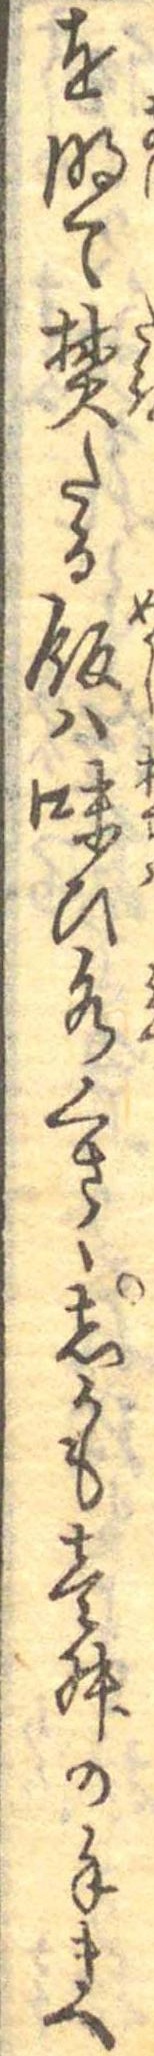
を明て焚たる飯は味ひ水くさくしかも壱舛の手まへ